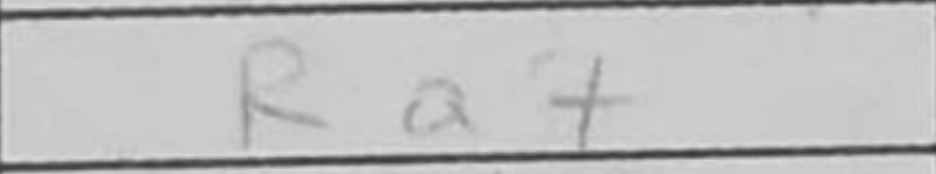
Transcription: Ra7